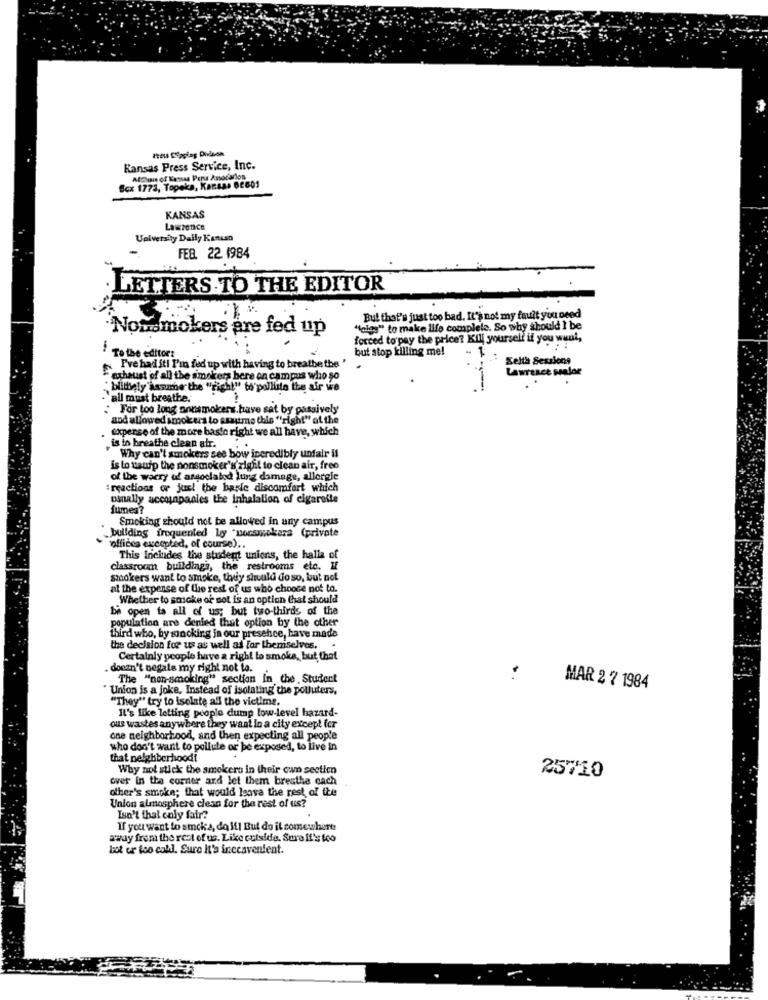
Kansas Press Service, Inc.
AtChin of Kansas Paru Anocarlos
Box 1773, Topeka, Kansas 62601
KANSAS
Laistence
Uelversity Daily Kenesn
FEB. 22 1984
LETTERS TO THE EDITOR
But that's just too bad. It's not my fault you need
·Nonsmokers are fed up
"toles" to make life complele. So why should I be
forced to pay the price? Kill yourself if you want,
but stop killing me!
I To the editor:
Selta Sessions
Pve had iti P'in fed up with having to breathe the '
Lawrence sualor
exhaust of all the smokers here on campus who so
"blittsely assume the "right" to pollute the air we
all must breathe.
For too long nonsmokers.have sat by passively
and allowed smokers to smutme this "right" at the
tupense of the more basto right we all have, which
is to breathe clean air.
" Why can't smokers see bow incredibly unfair il
is to xauip the nonsmoker's'right to clean air, free
of the warry of associated Jung damage, allorgle
: reactions or jus! the barle discomfort which
Dinally accompanies the Inhalation of cigarette
fumes?
Smoking should not be allowed in any campus
building frequented ley "nonsmokers (private
"officea excepted, of course) ..
This Includes the student unions, the halla of
classroom buildinga, the restrooms etc. I
smokers want to smoke, they should doso, but not
at the expense of the rest of us who choose not to.
Whether to smoke or sot is an option that should
be open to all of us; but two-thirds of the
population are denied that option by the other
third who, by sincking in our presence, have made
the decision for us as well as for themselves.
Certainly people have a right to smoke, but that
doesn't negate my right not to.
The "non-smoking" section in the Studert
Union is a joke, Instead of isolating the polluters,
MAR 2 7 1984
"They" try to Isolate all the victims.
It's like letting people dump low-level hazard-
ous wastes anywhere they want In a city except (cr
one neighborhood, and then expecting all people
who don't want to pollute or be exposed, to live In
that neighborhood!
Why not stick the smokers in their own section
over in the corner and let them bresthe cach
25710
other's smoke; that would leave the rest of the
Union almosphere clean for the rest of us?
Isn't thal coly fair?
If you want to amcks, do if1 But do il comewhere
away from the rest of us. Like cuiside. Sure it's too
Lot er too coll. Sure It's inecavenfent.